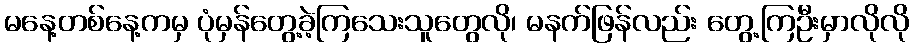
မနေ့တစ်နေ့ကမှ ပုံမှန်တွေ့ခဲ့ကြသေးသူတွေလို၊ မနက်ဖြန်လည်း တွေ့ကြဦးမှာလိုလို